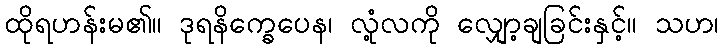
ထိုရဟန်းမ၏။ ဒုရနိက္ခေပေန၊ လုံ့လကို လျှော့ချခြင်းနှင့်။ သဟ၊